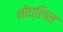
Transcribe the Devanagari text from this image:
नोच्लिन